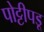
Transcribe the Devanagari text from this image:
पोट्टीपडू